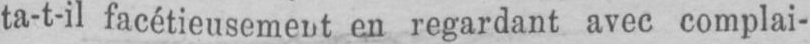
ta-t-il facétieusement en regardant avec complai-